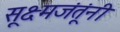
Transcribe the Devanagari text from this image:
सूक्ष्मजंतूंनी